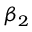
\beta _ { 2 }